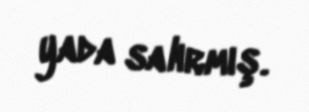
yada salırmış.